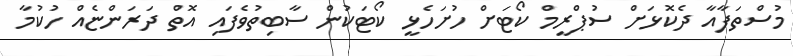
މުސްތަފާއާ ދެކޮޅަށް ސުޕްރީމް ކޯޓަށް ހުށަހެޅީ ކޯޓަކުން ސާބިތުވެފައި އޮތް ދަރަންޏެއް ހުކުމާ